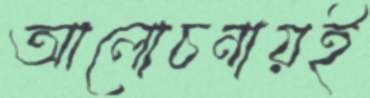
আলোচনায়ই